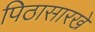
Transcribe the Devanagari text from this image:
पिठासारखे